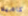
كاميلا